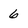
Character: 6